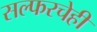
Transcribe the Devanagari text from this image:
सल्फरचेही